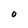
Character: O